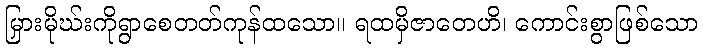
မြှားမိုဃ်းကိုရွာစေတတ်ကုန်ထသော။ ရထမှိဇာတေဟိ၊ ကောင်းစွာဖြစ်သော